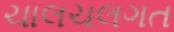
ચાલચલગત